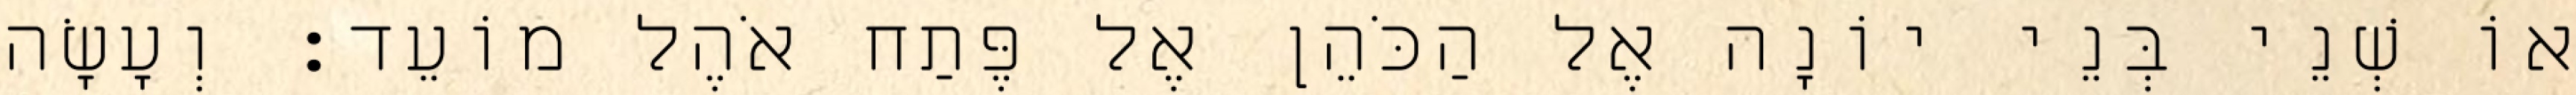
אוֹ שְׁנֵי בְּנֵי יוֹנָה אֶל הַכֹּהֵן אֶל פֶּתַח אֹהֶל מוֹעֵד׃ וְעָשָׂה